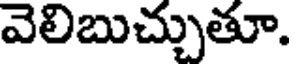
వెలిబుచ్చుతూ.